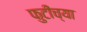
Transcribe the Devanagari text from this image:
फुटीच्या